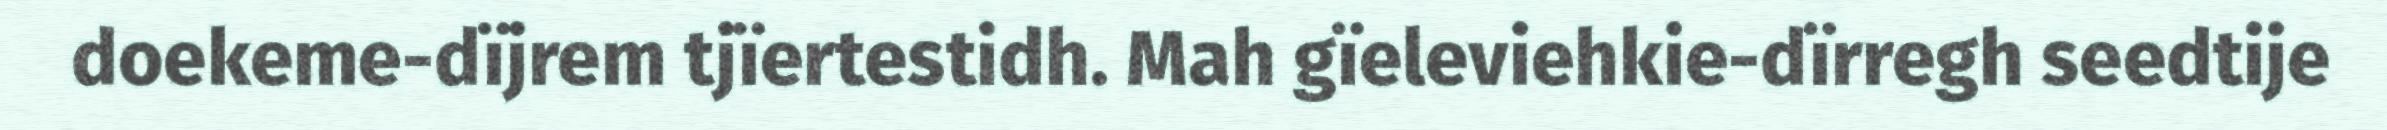
doekeme-dïjrem tjïertestidh. Mah gïeleviehkie-dïrregh seedtije